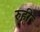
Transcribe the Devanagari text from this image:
रुही